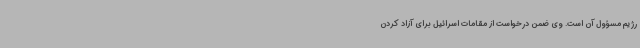
رژیم مسؤول آن است. وی ضمن درخواست از مقامات اسرائیل برای آزاد کردن